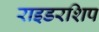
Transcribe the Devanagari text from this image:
राइडरशिप